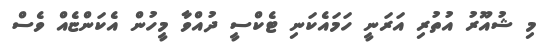
މި ޝުއޫރު އުތުރި އަރަނީ ހަމައެކަނި ޓެކްސީ ދުއްވާ މީހުން އެކަންޏެއް ވެސް